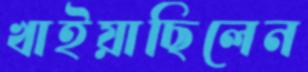
খাইয়াছিলেন